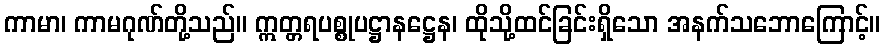
ကာမာ၊ ကာမဂုဏ်တို့သည်။ ဣတ္တရပစ္စုပဋ္ဌာနဋ္ဌေန၊ ထိုသို့ထင်ခြင်းရှိသော အနက်သဘောကြောင့်။